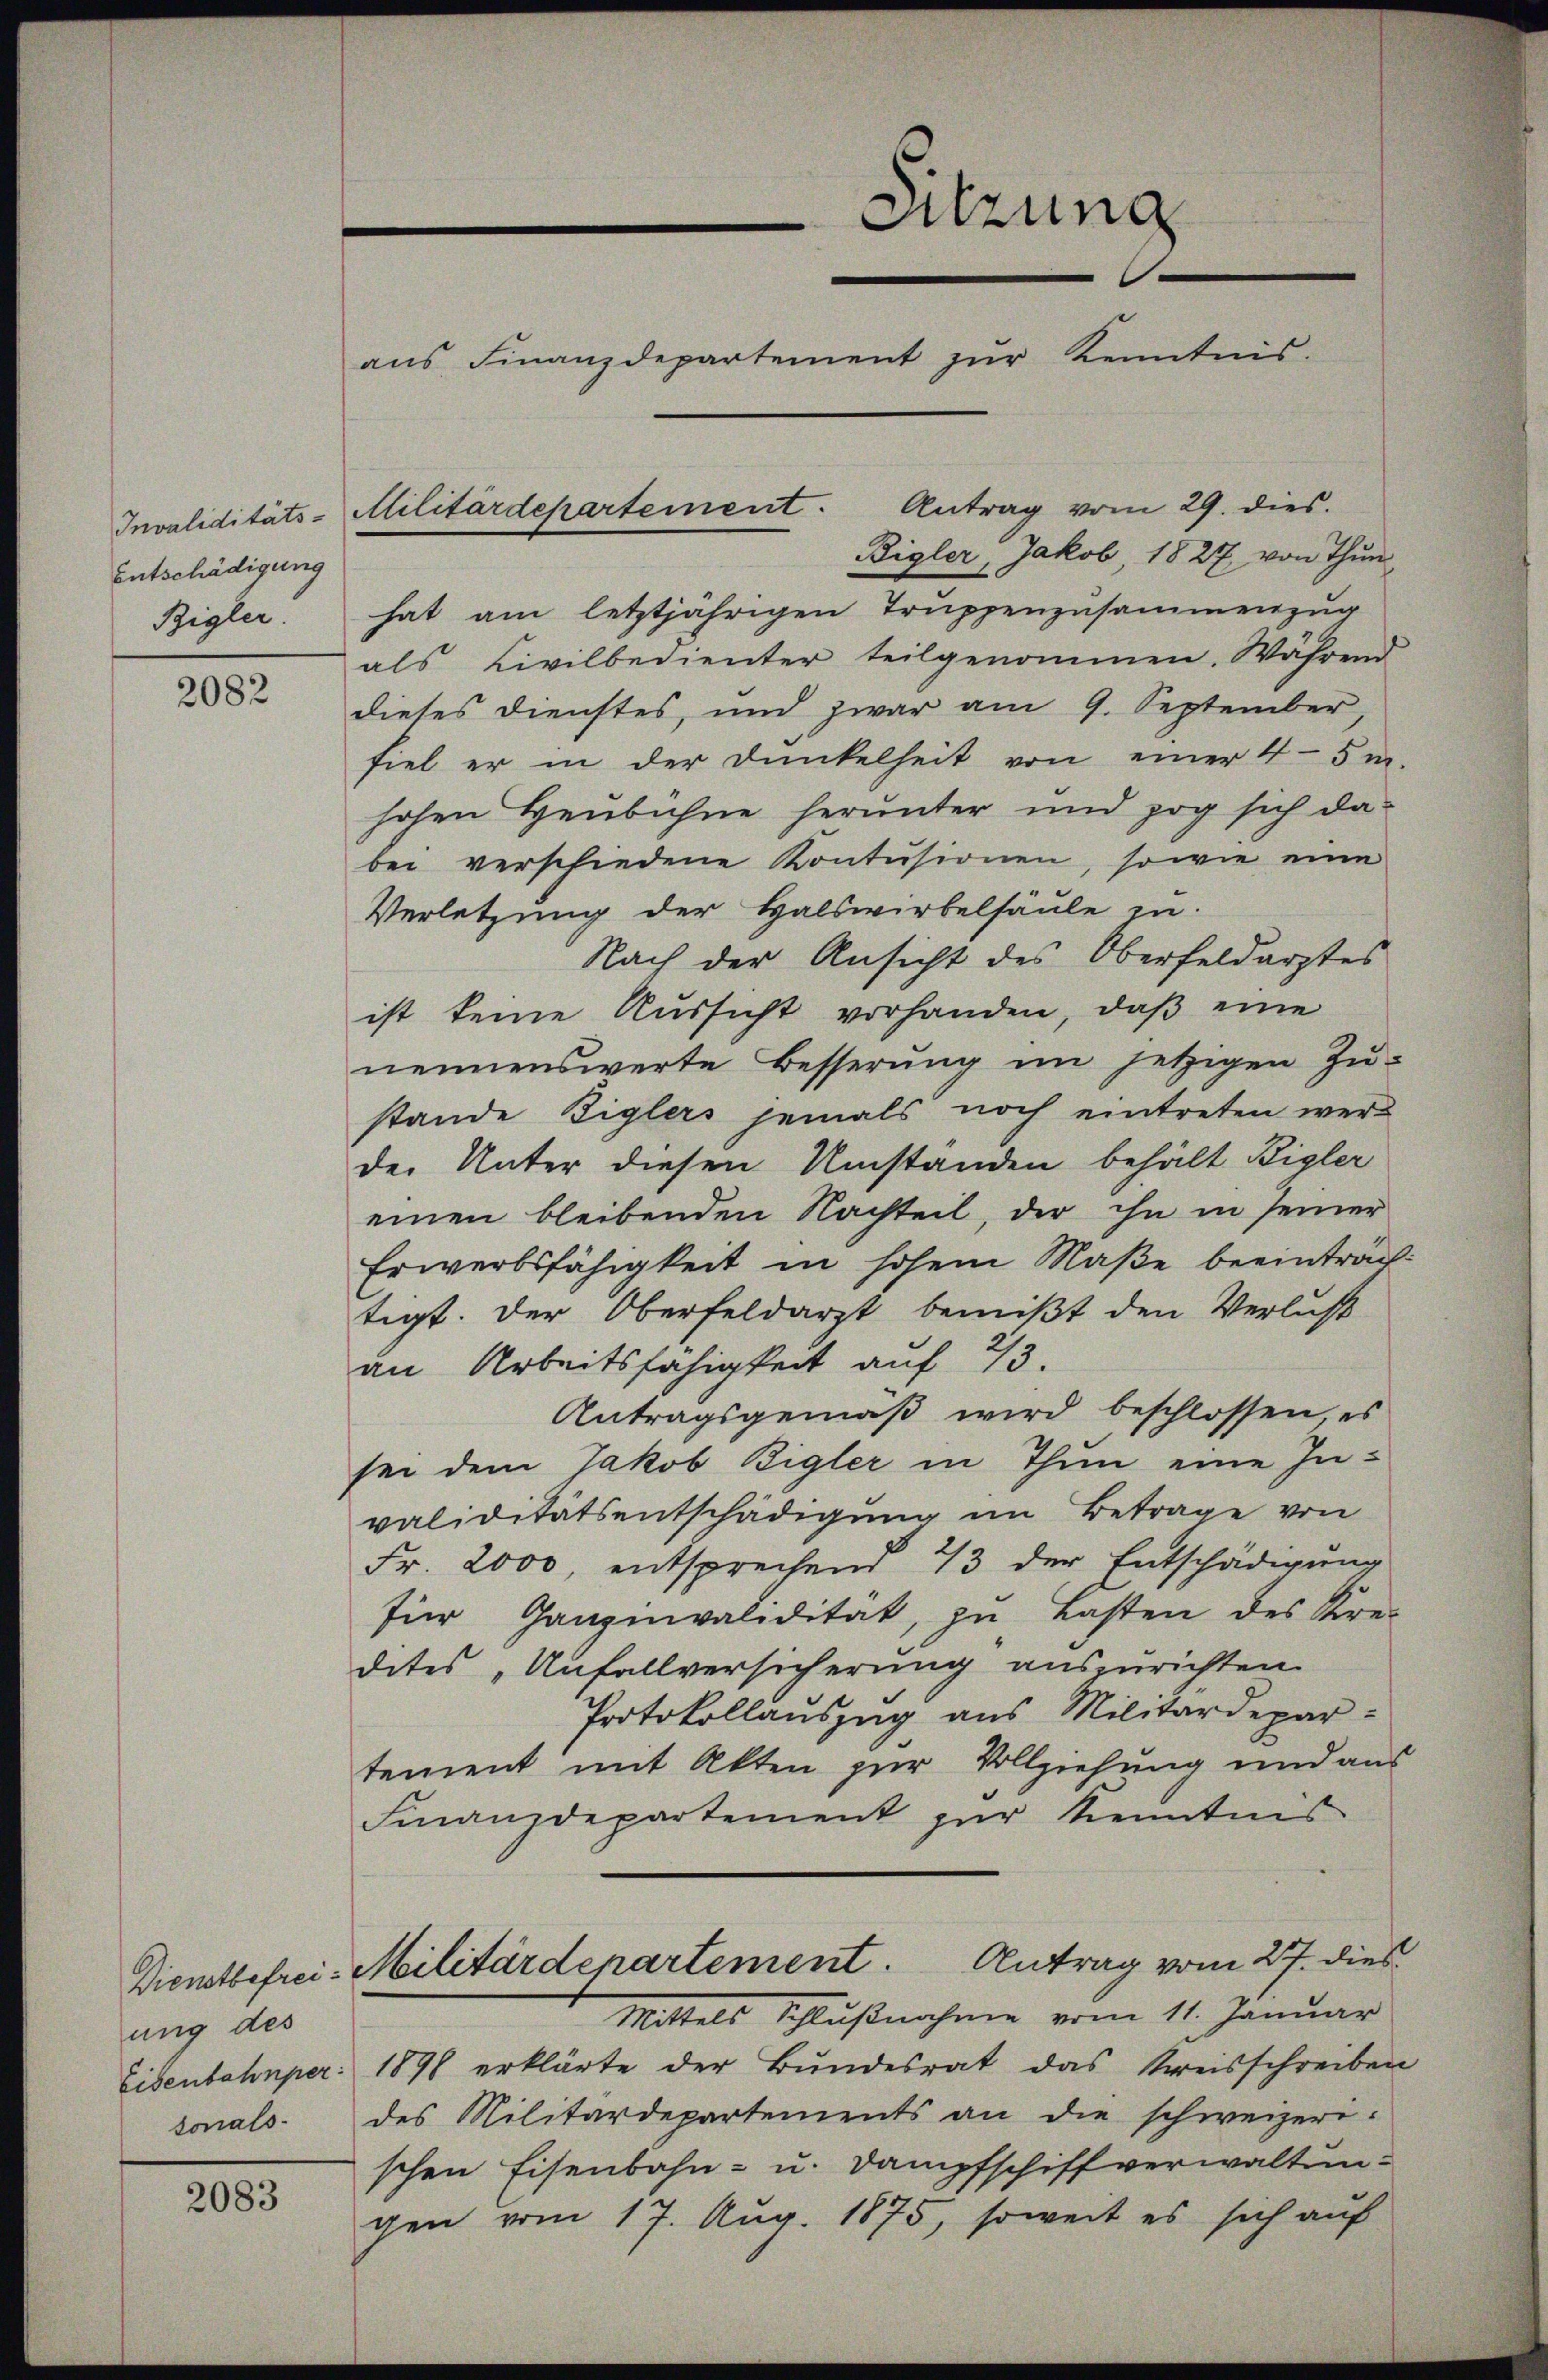
Entschädigung
Bigler.

2082

ung des
sonals.

2083

Bigler, Jakob, 1827, von Thun
hat am letztjährigen Truppenzusammenzug
als Civilbedienter teilgenommen. Während
dieses Dienstes, und zwar am 9. September,
fiel er in der Dunkelheit von einer 4-5 m.
hohen Heubühne herunter und zog sich dabei verschiedene Kontŭsionen, sowie eine
Verletzung der Halswirbelsäule zu.
Nach der Ansicht des Oberfeldarztes
ist keine Aussicht vorhanden, daß eine
nennenswerte Besserŭng im jetzigen Zŭ-
stande Ziglers jemals noch eintreten wer-
der Unter diesen Umstanden behält Bigler
einen bleibenden Nachteil, der ihn in seiner
Erwerbsfähigkeit in hohein Maße beeinträchtigt. Der Oberfeldarzt bemißt den Verlust
an Arbeitsfähigkeit auf 23.
Antragsgemäβ wird beschlossen, es
sei dem Jakob Bigler in Thun eine Invaliditätsentschädigung im Betrage von
Fr. 2000, entsprechend 43 der Entschädigung
für Ganznvalidität, zu Lasten des Kre-
dites „Unfallversicherung auszurichten.
Protokollauszug aus Militärdepar-
tement mit Akten zur Vollziehung und aus
Finanzdepartement zŭr Kenntnis
Dienstbefrei-Militärdepartement. Antrag vom 27. dies
Mittels Schlußnahme vom 11. Januar
Eisenbahnper: 1891 erklärte der Bundesrat das Kreisschreiben
des Militärdepartements an die schweizerischen Eisenbahn- u. Dampfschiff verwalten-
gen vom 17. Aug. 1875, soweit es sich auf

Invaliditäts-Militärdepartement. Antrag vom 29. dies.

Sitzung
aŭs Finanzdepartement zŭr Kenntnis.